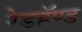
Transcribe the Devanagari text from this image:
रेडहॅण्ड